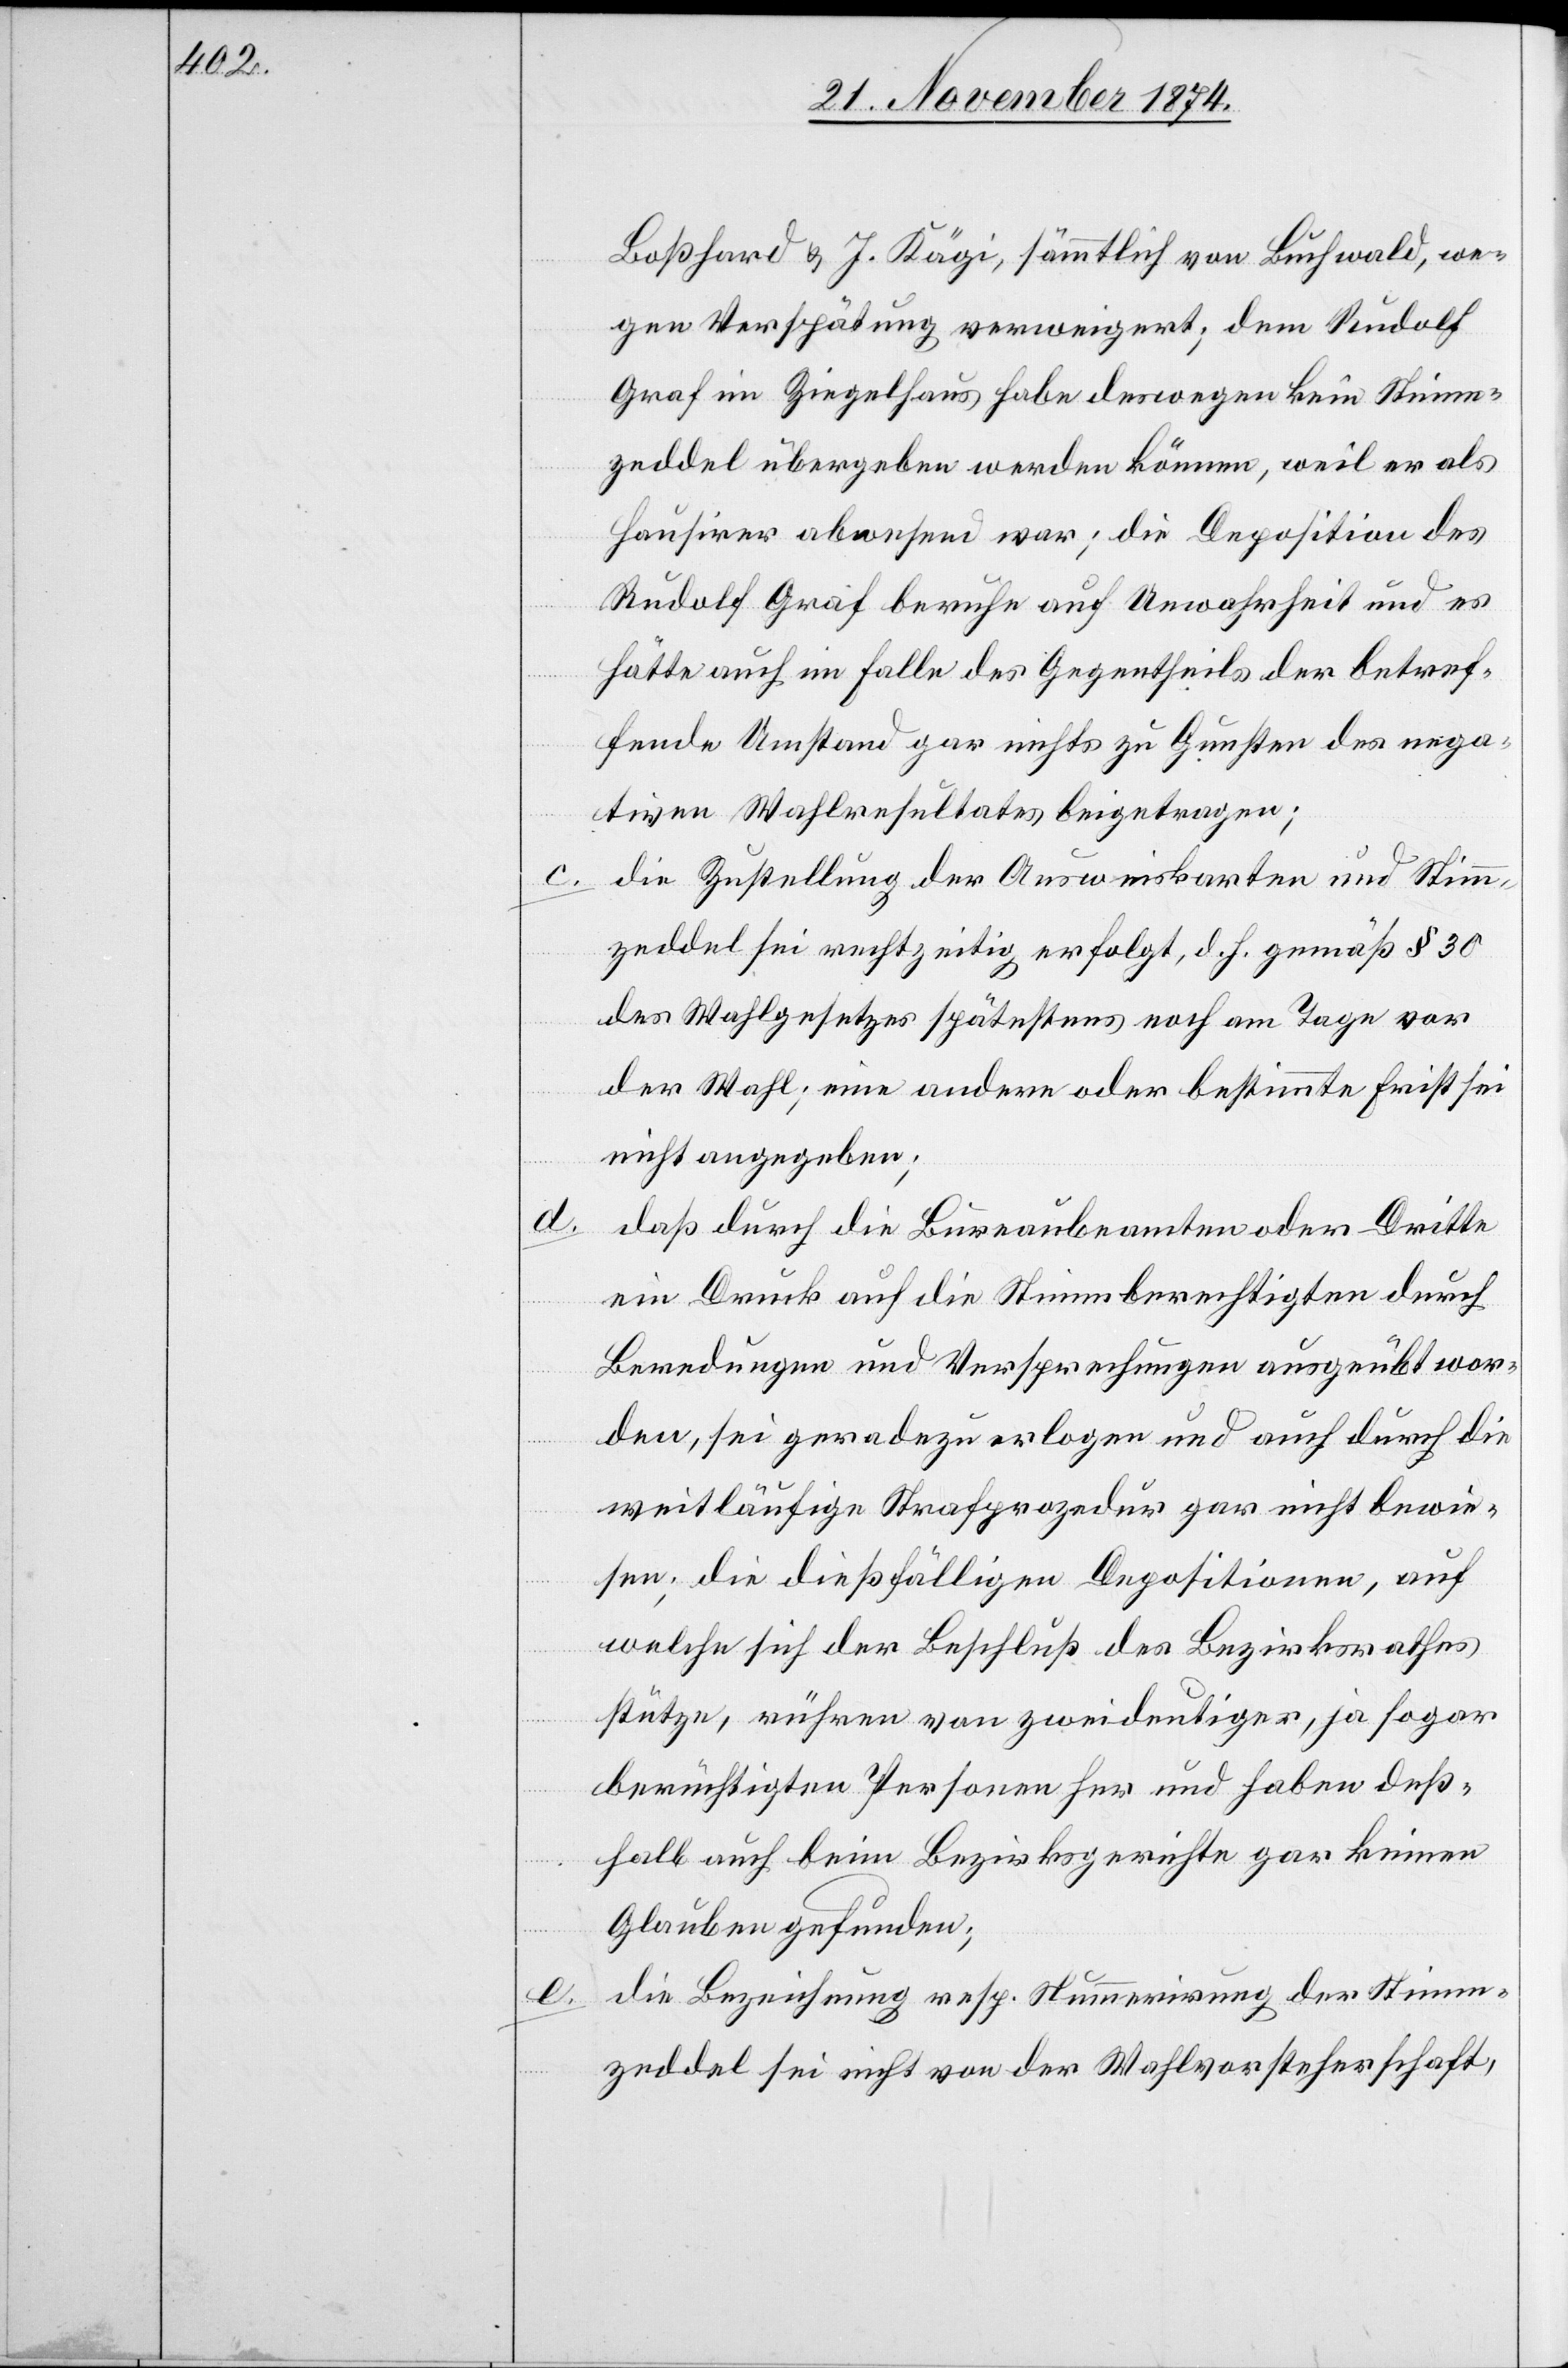
Boßhard & J. Kägi, sämmtlich von Buchwald, we¬
gen Verspätung verweigert; dem Rudolf
Graf in Ziegelhaus habe deswegen kein Stimm¬
zeddel übergeben werden können, weil er als
Hausirer abwesend war; die Deposition des
Rudolf Graf beruhe auf Unwahrheit und es
hätte auch im Falle des Gegentheils der betref¬
fende Umstand gar nichts zu Gunsten des nega¬
tiven Wahlresultates beigetragen;
c. die Zustellung der Ausweiskarten und Stimm¬
zeddel sei rechtzeitig erfolgt; d. h. gemäß § 30
des Wahlgesetzes spätestens noch am Tage vor
der Wahl; eine andere oder bestimmte Frist sei
nicht angegeben;
daß durch die Bureaubeamten oder Dritte
ein Druck auf die Stimmberechtigten durch
Beredungen und Versprechungen ausgeübt wor¬
den, sei geradezu erlogen und auch durch die
weitläufige Strafprozedur gar nicht bewie¬
sen; die dießfälligen Depositionen, auf
welche sich der Beschluß des Bezirksrathes
stütze, rühren von zweideutigen, ja sogar
berüchtigten Personen her und haben deß¬
halb auch beim Bezirksgerichte gar keinen
Glauben gefunden,
die Bezeichnung resp. Nummerirung der Stimm¬
zeddel sei nicht von der Wahlvorsteherschaft,